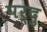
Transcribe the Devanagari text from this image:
पर्दु